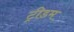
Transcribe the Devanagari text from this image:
ट्रीडम